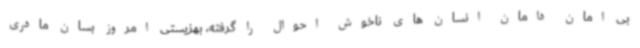
بی امان دامان انسان های ناخوش احوال را گرفته، بهزیستی امروز بسان مادری